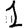
Digit: 1